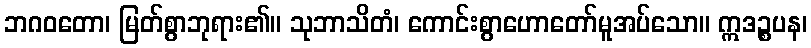
ဘဂဝတော၊ မြတ်စွာဘုရား၏။ သုဘာသိတံ၊ ကောင်းစွာဟောတော်မူအပ်သော။ ဣဒဉ္စပန၊